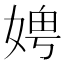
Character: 𪦁